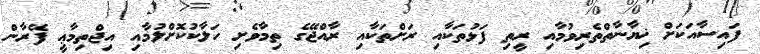
ފައިސާއަކަށް ޚިޔާނާތްތެރިވުމާއި ރީތި ފަޅުތަކާއި ރަށްތަކާއި ރާއްޖޭގެ ތިމާވެށި ހަލާކުކޮށްލުމާއި އިޖްތިމާޢީ ފޭރާން